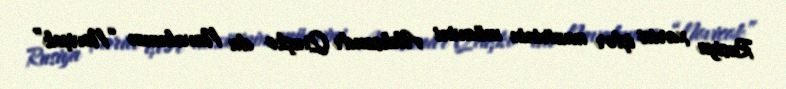
Rusiya xarici işlər nazirinin müavini Aleksandr Qruşko da Navalnının “Noviçok”